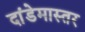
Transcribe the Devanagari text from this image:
दांडेमास्तर